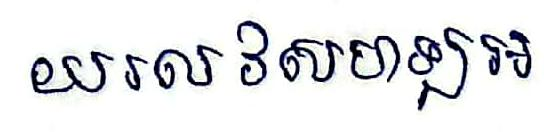
យរលវសហឡអ